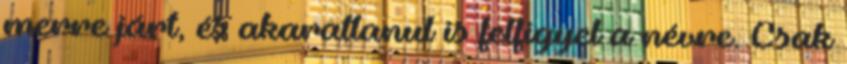
merre járt, és akaratlanul is felfigyel a névre. Csak